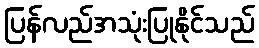
ပြန်လည်အသုံးပြုနိုင်သည်